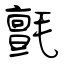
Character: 氈